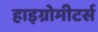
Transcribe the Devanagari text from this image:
हाइग्रोमीटर्स